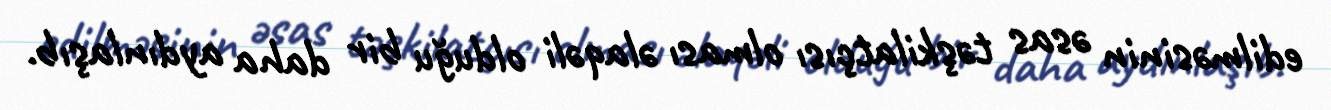
edilməsinin əsas təşkilatçısı olması əlaqəli olduğu bir daha aydınlaşıb.